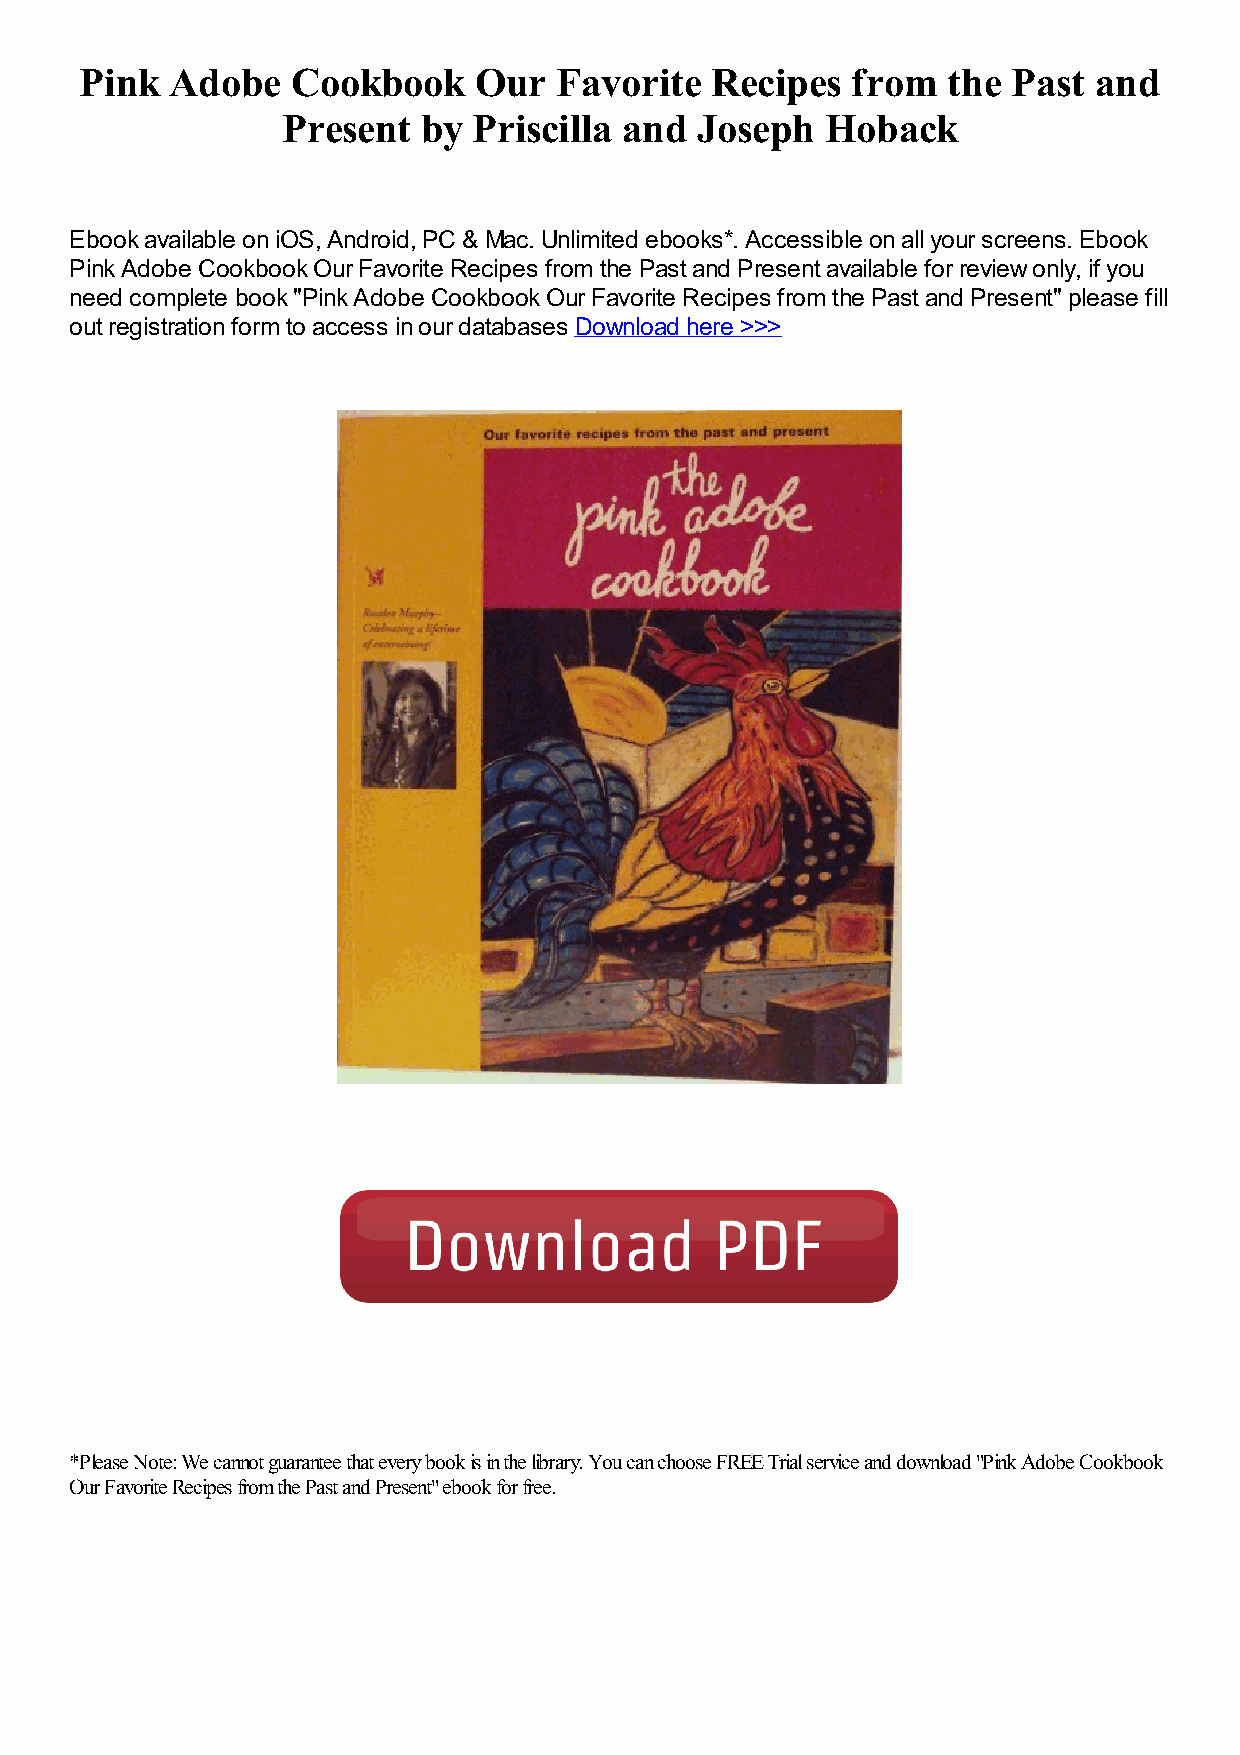
Pink  Adobe   Cookbook    Our   Favorite  Recipes  from   the Past and
 Present  by Priscilla and  Joseph   Hoback
 Ebook available on iOS, Android, PC & Mac. Unlimited ebooks*. Accessible on all your screens. Ebook
 Pink Adobe Cookbook Our Favorite Recipes from the Past and Present available for review only, if you
 need complete book "Pink Adobe Cookbook Our Favorite Recipes from the Past and Present" please fill
 out registration form to access in our databases Download here >>>
 *Please Note: We cannot guarantee that every book is in the library. You can choose FREE Trial service and download "Pink Adobe Cookbook
 Our Favorite Recipes from the Past and Present" ebook for free.